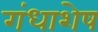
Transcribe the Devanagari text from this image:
गंधाशेष